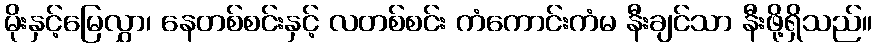
မိုးနှင့်မြေလွှာ၊ နေတစ်စင်းနှင့် လတစ်စင်း ကံကောင်းကံမ နီးချင်သာ နီးဖို့ရှိသည်။